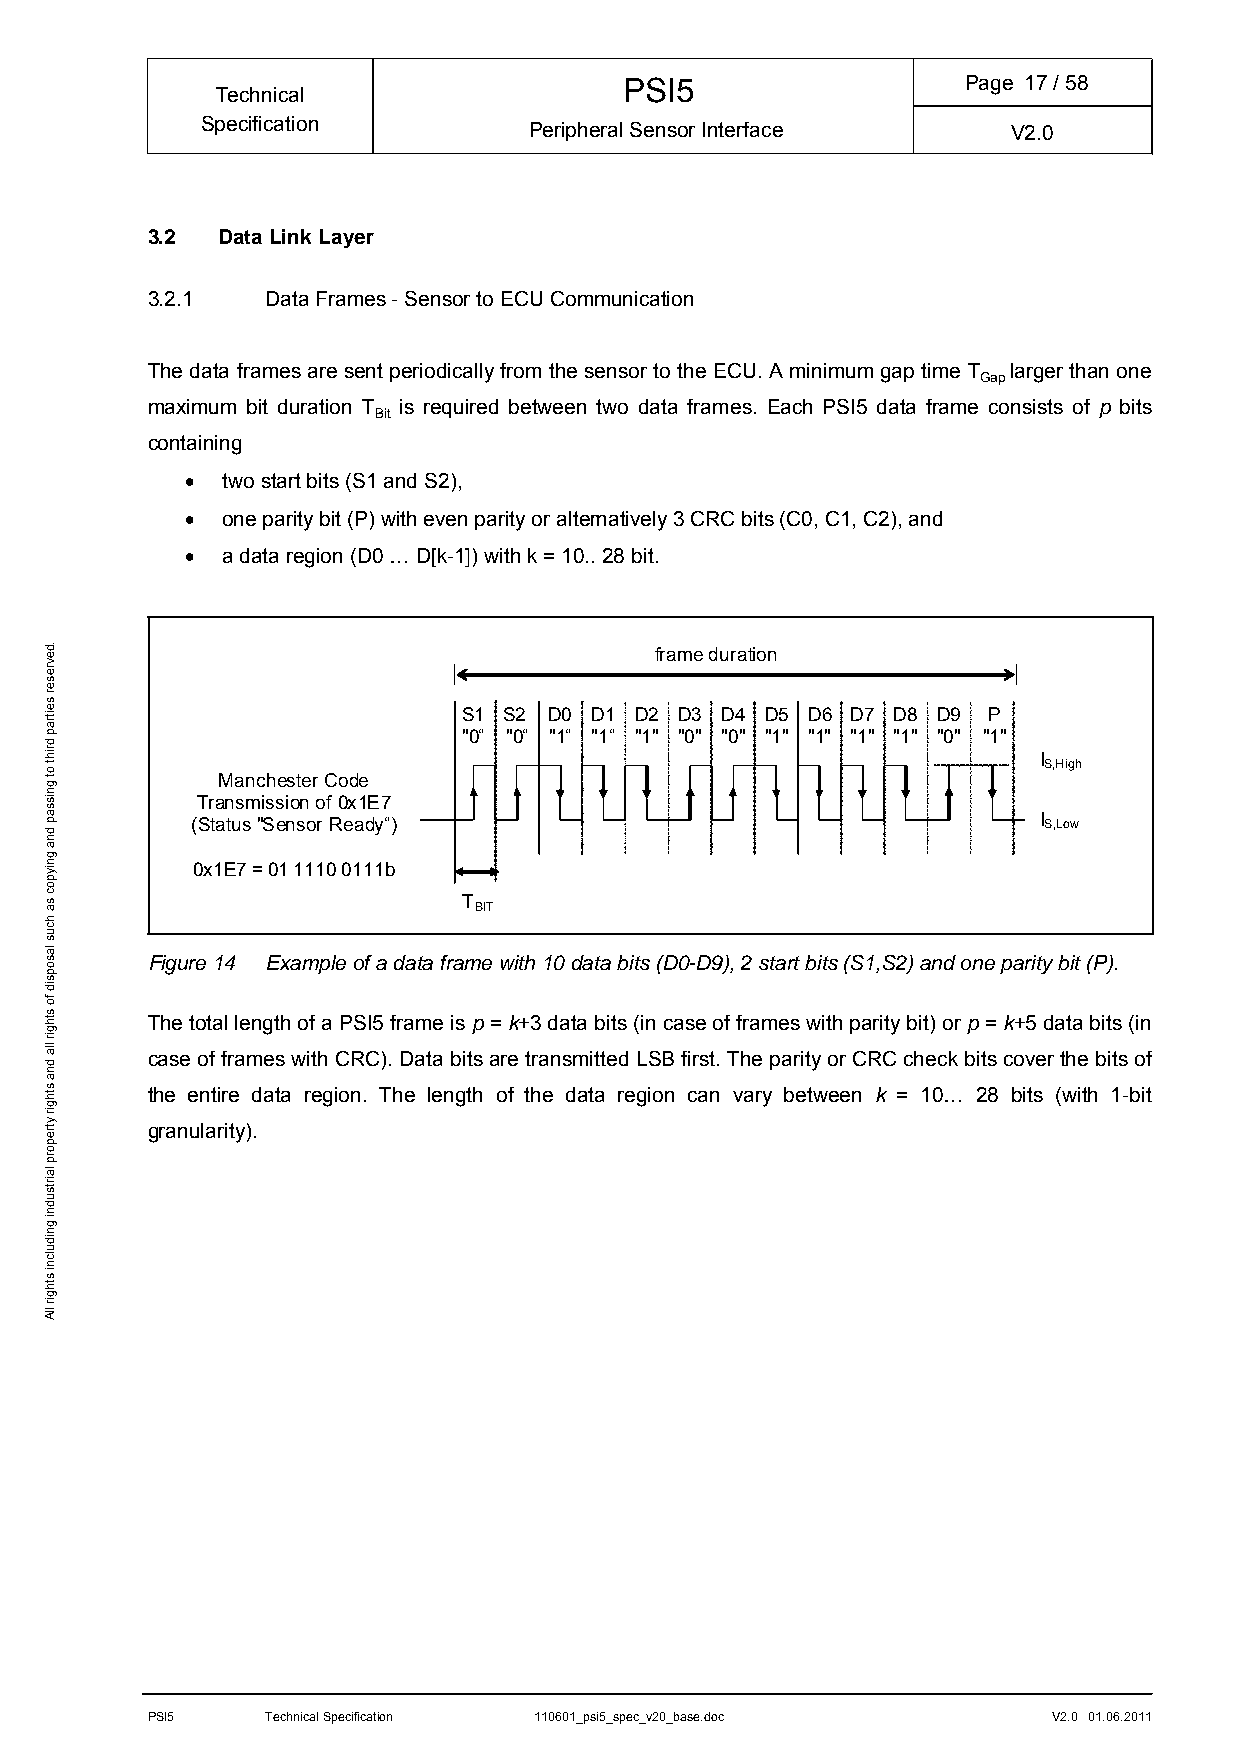
PSI5                   Page 17/ 58
 Technical
 Specification         Peripheral Sensor Interface     V2.0
 3.2 Data Link Layer
 3.2.1   Data Frames - Sensor to ECU Communication
 The data frames are sent periodically from the sensor to the ECU. A minimum gap time T larger than one
 Gap
 maximum bit duration T is required between two data frames. Each PSI5 data frame consists of p bits
 Bit
 containing
   two start bits (S1 and S2),
   one parity bit (P) with even parity or alternatively 3 CRC bits (C0, C1, C2), and
   a data region (D0 … D[k-1]) with k = 10.. 28 bit.
 frame duration
 S1 S2 D0 D1 D2 D3 D4 D5 D6 D7 D8 D9 P
 "0“ "0“ "1“ "1“ "1" "0" "0" "1" "1" "1" "1" "0" "1"
 I
 S,High
 Manchester Code
 Transmission of 0x1E7
 (Status "Sensor Ready“)                                 I S,Low
 0x1E7 = 01 1110 0111b
 T BIT
 Figure 14 Example of a data frame with 10 data bits (D0-D9), 2 start bits (S1,S2) and one parity bit (P).
 The total length of a PSI5 frame is p = k+3 data bits (in case of frames with parity bit) or p = k+5 data bits (in
 case of frames with CRC). Data bits are transmitted LSB first. The parity or CRC check bits cover the bits of
 the entire data region. The length of the data region can vary between k = 10… 28 bits (with 1-bit
 granularity).
 PSI5    Technical Specification 110601_psi5_spec_v20_base.doc V2.0 01.06.2011
 .devreser
 seitrap
 driht
 ot
 gnissap
 dna
 gniypoc
 sa
 hcus
 lasopsid
 fo
 sthgir
 lla
 dna
 sthgir
 ytreporp
 lairtsudni
 gnidulcni
 sthgir
 llA